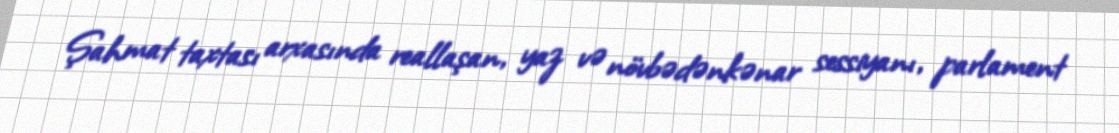
Şahmat taxtası arxasında reallaşan, yaz və növbədənkənar sessiyanı, parlament